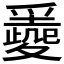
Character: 𡕼